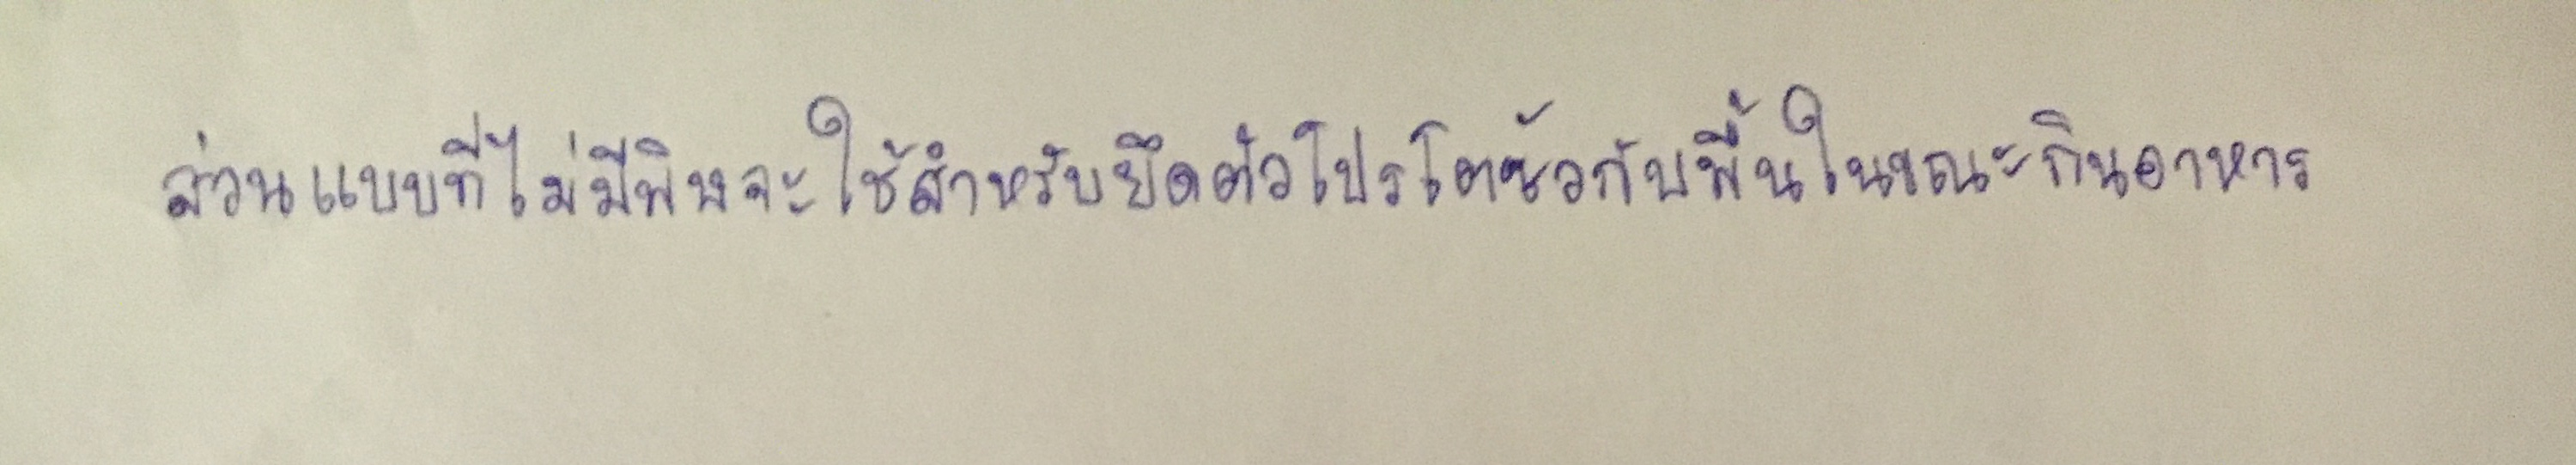
ส่วนแบบที่ไม่มีพิษจะใช้สำหรับยึดตัวโปรโตซัวกับพื้นในขณะกินอาหาร